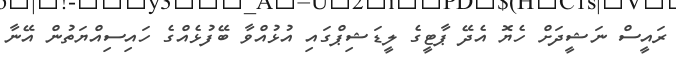
ރައީސް ނަޝީދަށް ހެޔޮ އެދޭ ޕާޓީގެ ލީޑަޝިޕްގައި އުޅުއްވާ ބޭފުޅެއްގެ ހައިސިއްޔަތުން އޭނާ